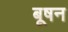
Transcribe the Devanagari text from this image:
बूषन